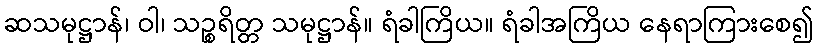
ဆသမုဋ္ဌာန်၊ ဝါ၊ သဉ္စရိတ္တ သမုဋ္ဌာန်။ ရံခါကြိယ။ ရံခါအကြိယ နေရာကြားစေ၍